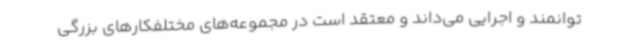
توانمند و اجرایی می‌داند و معتقد است در مجموعه‌های مختلفکارهای بزرگی